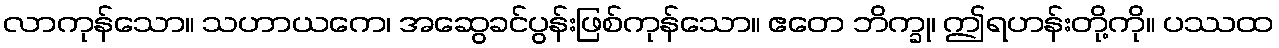
လာကုန်သော။ သဟာယကေ၊ အဆွေခင်ပွန်းဖြစ်ကုန်သော။ ဧတေ ဘိက္ခု၊ ဤရဟန်းတို့ကို။ ပဿထ